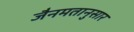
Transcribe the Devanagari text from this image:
जैनमतानुसार